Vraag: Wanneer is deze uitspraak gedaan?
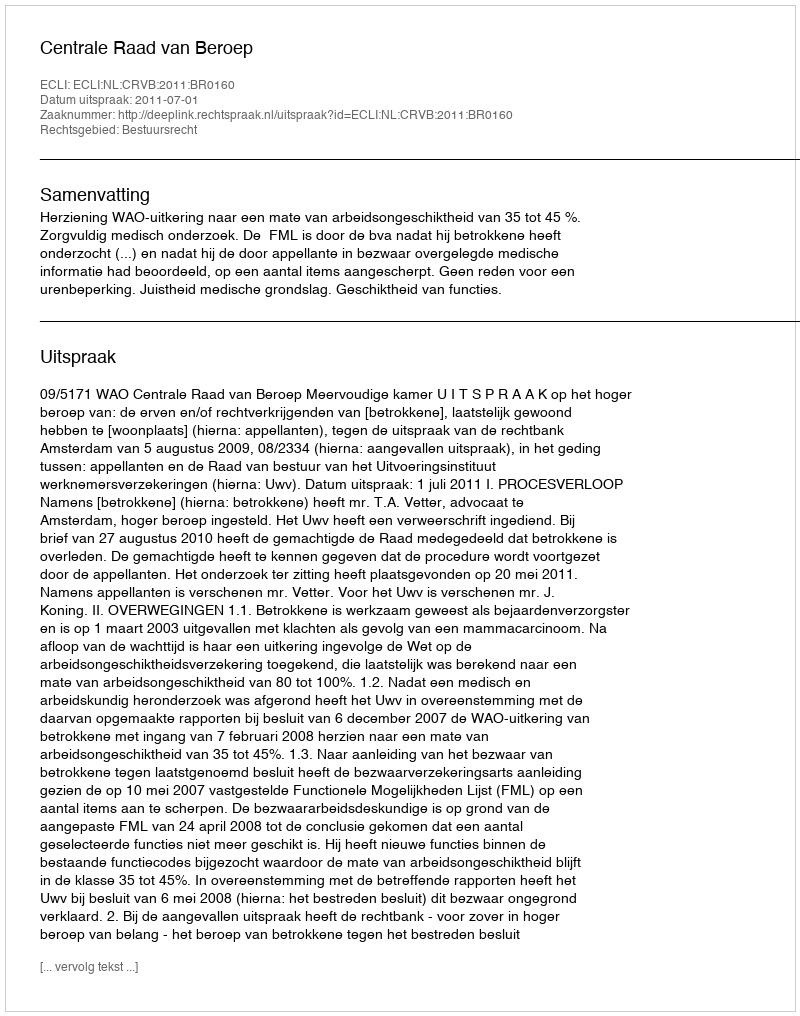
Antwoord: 2011-07-01